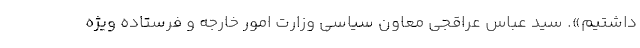
داشتیم». سید عباس عراقجی معاون سیاسی وزارت امور خارجه و فرستاده ویژه